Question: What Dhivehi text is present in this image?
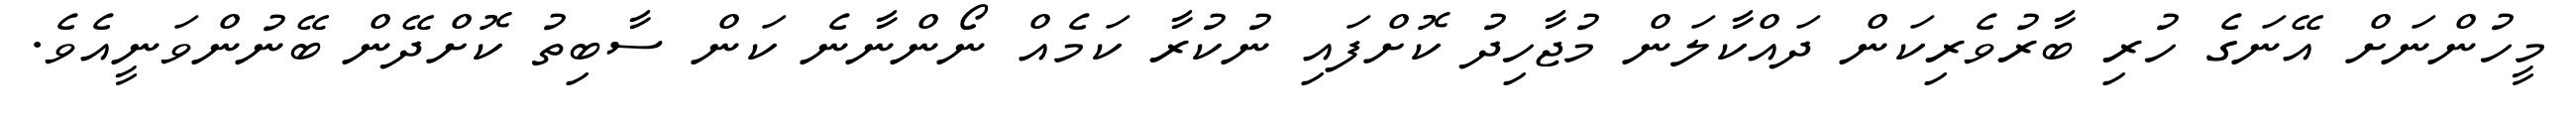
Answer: މީހުންނަށް އޭނަގެ ހުރި ބާރުވެރިކަން ދައްކާލަން މުޖާހިދު ކޮށްފައި ނުކުރާ ކަމެއް ނޯންނާނެ ކަން ސާބިތު ކޮށްދޭން ބޭނުންވަނީއެވެ.